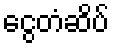
ငွေတံဆိပ်